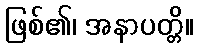
ဖြစ်၏၊ အနာပတ္တိ။